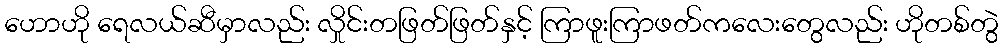
ဟောဟို ရေလယ်ဆီမှာလည်း လှိုင်းတဖြတ်ဖြတ်နှင့် ကြာဖူးကြာဖတ်ကလေးတွေလည်း ဟိုတစ်တွဲ